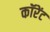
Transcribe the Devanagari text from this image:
कॉरेंट